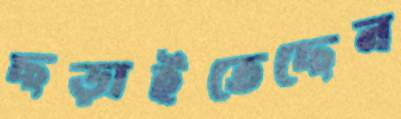
ছড়াইতেছেন